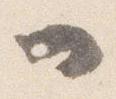
一